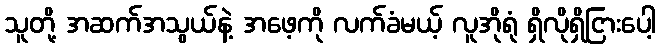
သူတို့ အဆက်အသွယ်နဲ့ အဖေ့ကို လက်ခံမယ့် လူအိုရုံ ရှိလိုရှိငြားပေါ့